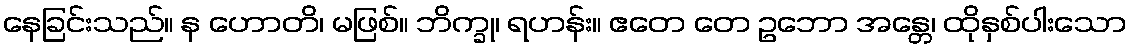
နေခြင်းသည်။ န ဟောတိ၊ မဖြစ်။ ဘိက္ခု၊ ရဟန်း။ ဧတေ တေ ဥဘော အန္တေ၊ ထိုနှစ်ပါးသော